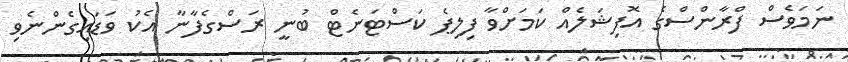
ނަމަވެސް ފްރާންސްގެ އޮފިޝަލެއް ކަމަށްވާ ފިލިޕެ ކަސްޓަނެޓް ބުނީ ރަސްގެފާނާ އެކު ވަޑައިގެންނެވި